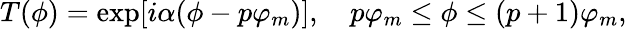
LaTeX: T(\phi)=\exp[i\alpha(\phi-p\varphi_{m})],\quad p\varphi_{m}\leq\phi\leq(p+1)\varphi_{m},